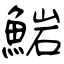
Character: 𩸶